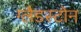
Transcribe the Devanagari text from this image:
ग्‍लैडस्‍टोन